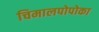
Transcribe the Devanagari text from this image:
चिमालपोपोका